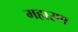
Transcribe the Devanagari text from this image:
महारण